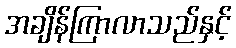
အချိန်ကြာလာသည်နှင့်